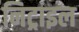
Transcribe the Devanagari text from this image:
निट्राइल